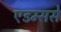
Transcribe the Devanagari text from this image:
एडम्ससे